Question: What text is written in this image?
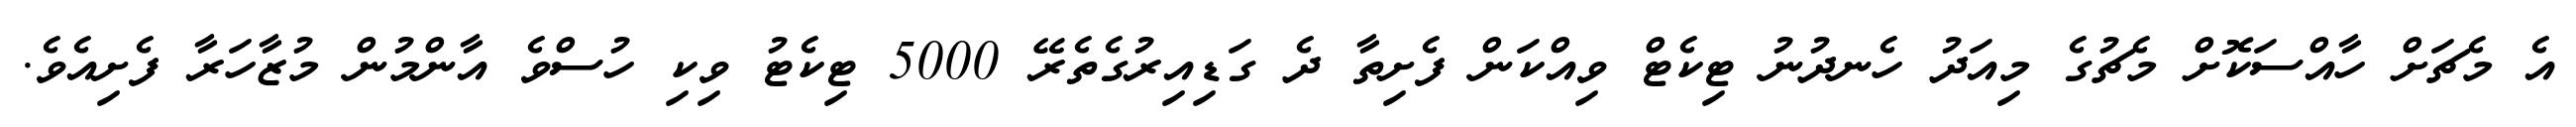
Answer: އެ މެޗަށް ހާއްސަކޮށް މެޗުގެ މިއަދު ހެނދުނު ޓިކެޓް ވިއްކަން ފެށިތާ ދެ ގަޑިއިރުގެތެރޭ 5000 ޓިކެޓު ވިކި ހުސްވެ އާންމުން މުޒާހަރާ ފެށިއެވެ.